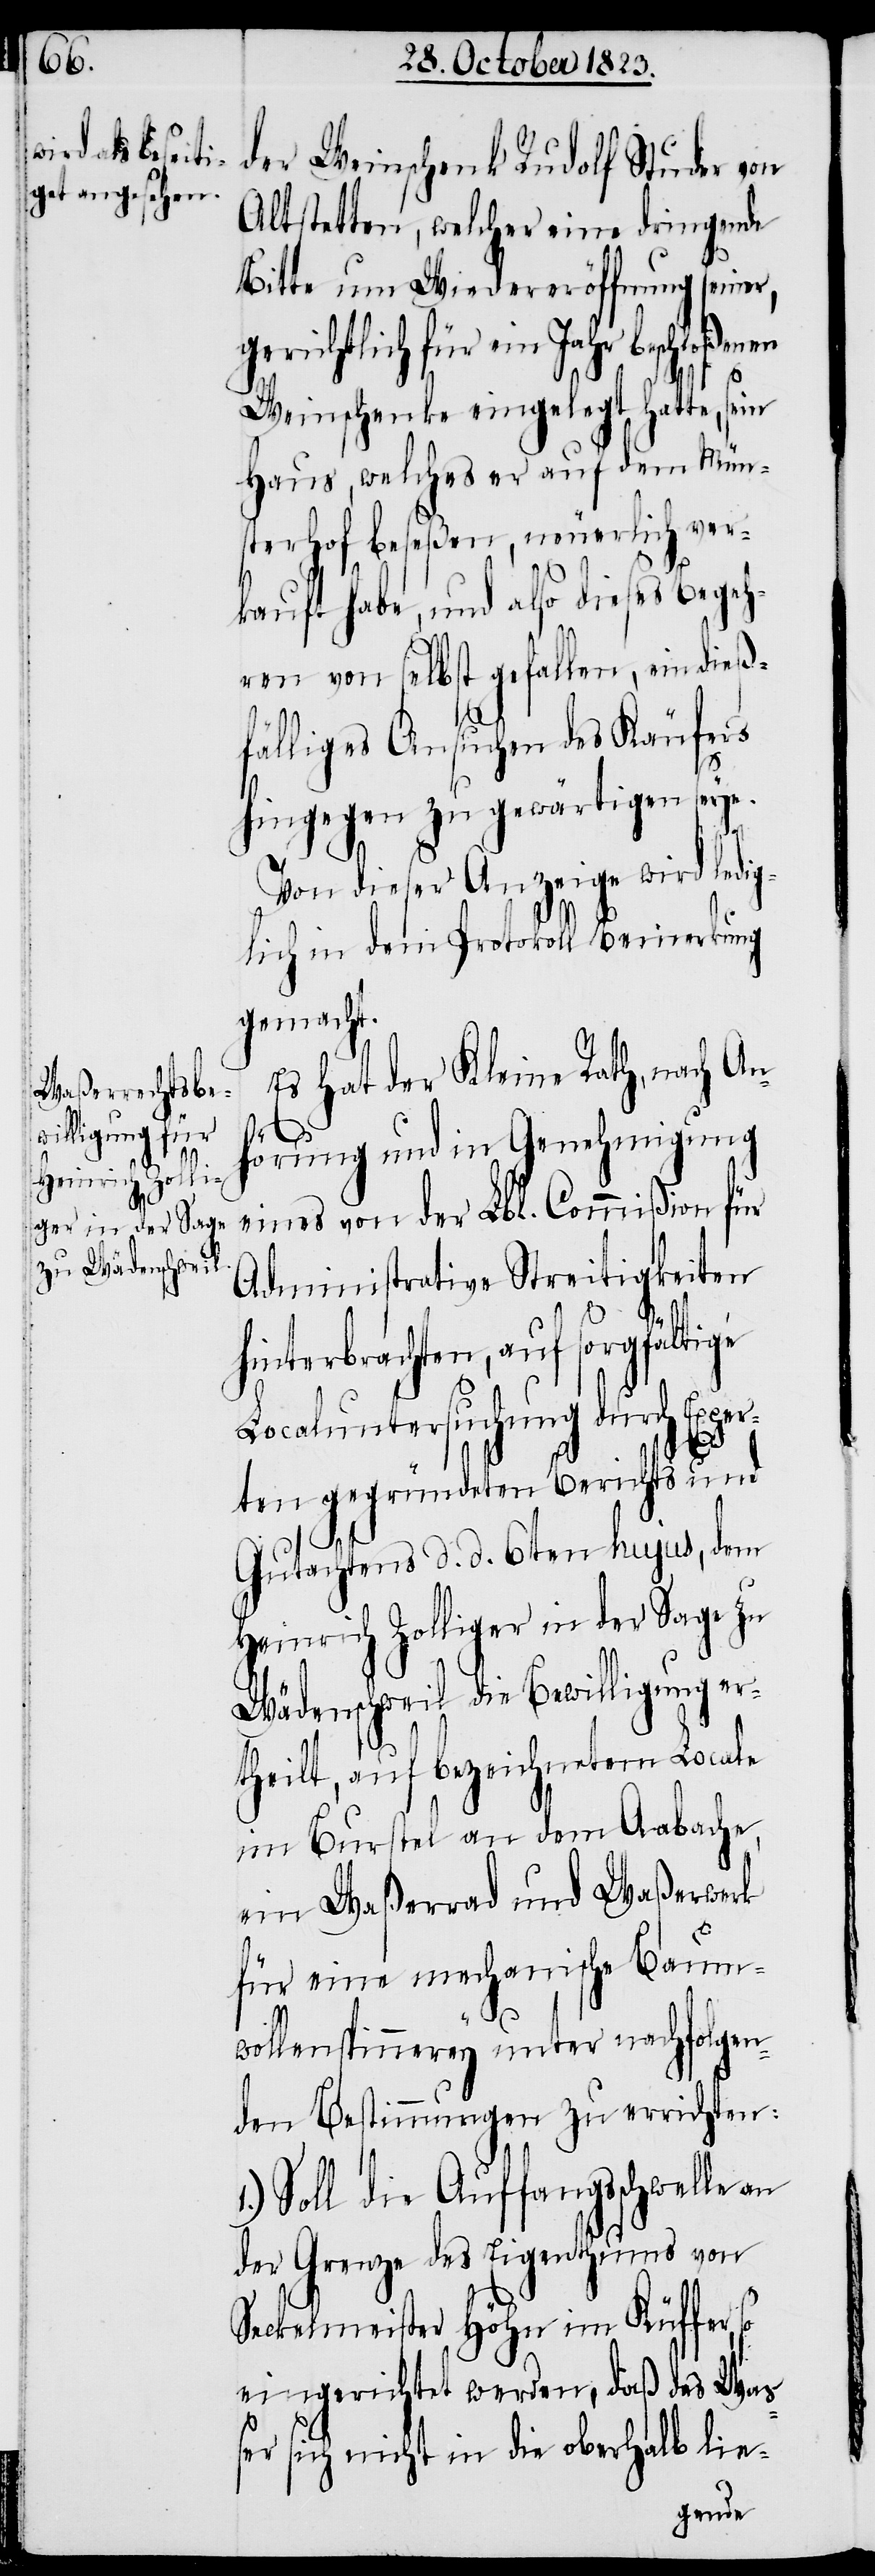
der Weinschenk Rudolf Studer von
Altstetten, welcher eine dringende
Bitte um Wiedereröffnung seiner,
gerichtlich für ein
Weinschenke eingelegt hatte, sein
Haus, welches er auf dem Mün¬
sterhof beseßen, neuerlich ver¬
kauft habe, und also dieses Begeh¬
ren von selbst gefallen, ein dieß¬
fälliges Ansuchen des Käufers
1.)
hingegen zu gewärtigen seye.
Von dieser Anzeige wird ledig¬
lich in dem Protokoll Bemerkung
gemacht.
Es hat der Kleine Rath, nach Anh¬
örung und in Genehmigung
eines von der Lbl. Commißion für
Administrative Streitigkeiten
hinterbrachten, auf sorgfältige
Localuntersuchung durch Expe¬
rten gegründeten Berichts und
Gutachtens d. d. 6ten hujus, dem
Heinrich Zolliger in der Sage zu
Wädenschweil die Bewilligung er¬
theilt, auf bezeichnetem Locale
im Burstel an dem Aabache,
ein Waßerrad und Waßerwerk
für eine mechanische Baum¬
wollenspinnerey unter nachfolgen¬
den Bestimmungen zu errichten:
Soll die Auffangsschwelle an
der Grenze des Eigenthums von
Seckelmeister Höhn im Küffer,
eingerichtet werden, daß das Wa¬
ßer sich nicht in die oberhalb lie-